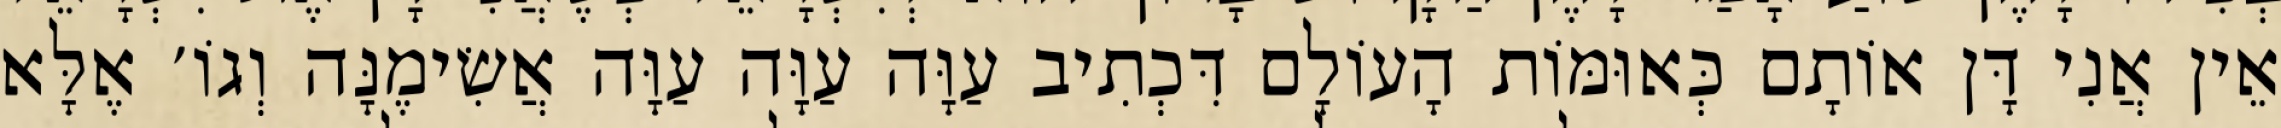
אֵין אֲנִי דָּן אוֹתָם כְּאוּמּוֹת הָעוֹלָם דִּכְתִיב עַוָּה עַוָּה עַוָּה אֲשִׂימֶנָּה וְגוֹ׳ אֶלָּא